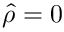
\hat { \rho } = 0